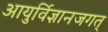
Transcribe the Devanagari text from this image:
आयुर्विज्ञानजगत्